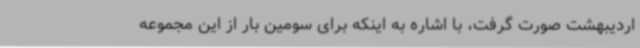
اردیبهشت صورت گرفت، با اشاره به اینکه برای سومین بار از این مجموعه